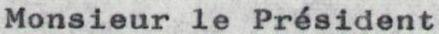
Monsieur le Président